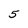
Character: 5